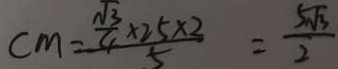
c m = \frac { \frac { \sqrt { 3 } } { 4 } \times 2 5 \times 2 } { 5 } = \frac { 5 \sqrt { 3 } } { 2 }